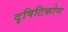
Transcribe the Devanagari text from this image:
दृषिटिकोण